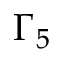
\Gamma _ { 5 }